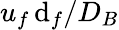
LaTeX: u_{f\, }\mathrm{d}_{f}/D_{B}